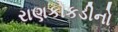
રાણકોકડીનો